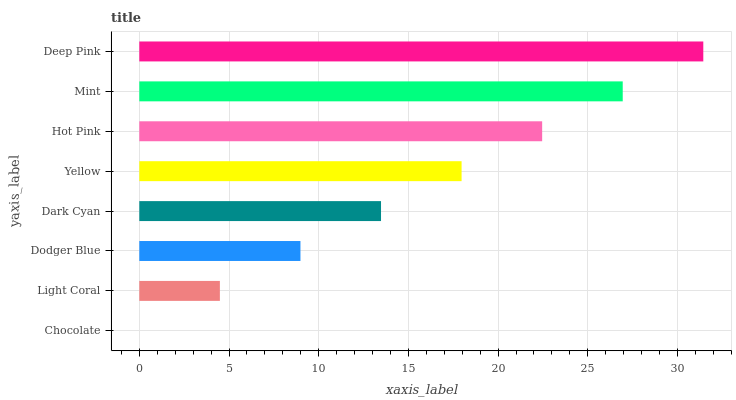
| yaxis_label | bars |
 | --- | --- |
 | Chocolate | 0 |
 | Light Coral | 4.49 |
 | Dodger Blue | 8.98 |
 | Dark Cyan | 13.5 |
 | Yellow | 18 |
 | Hot Pink | 22.5 |
 | Mint | 26.9 |
 | Deep Pink | 31.4 |